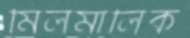
মিলমালিক